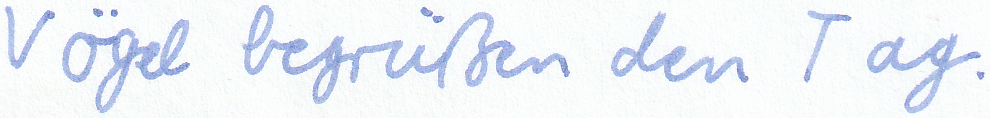
Vögel begrüßen den Tag.